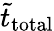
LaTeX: \tilde{t}_{\textrm{total}}